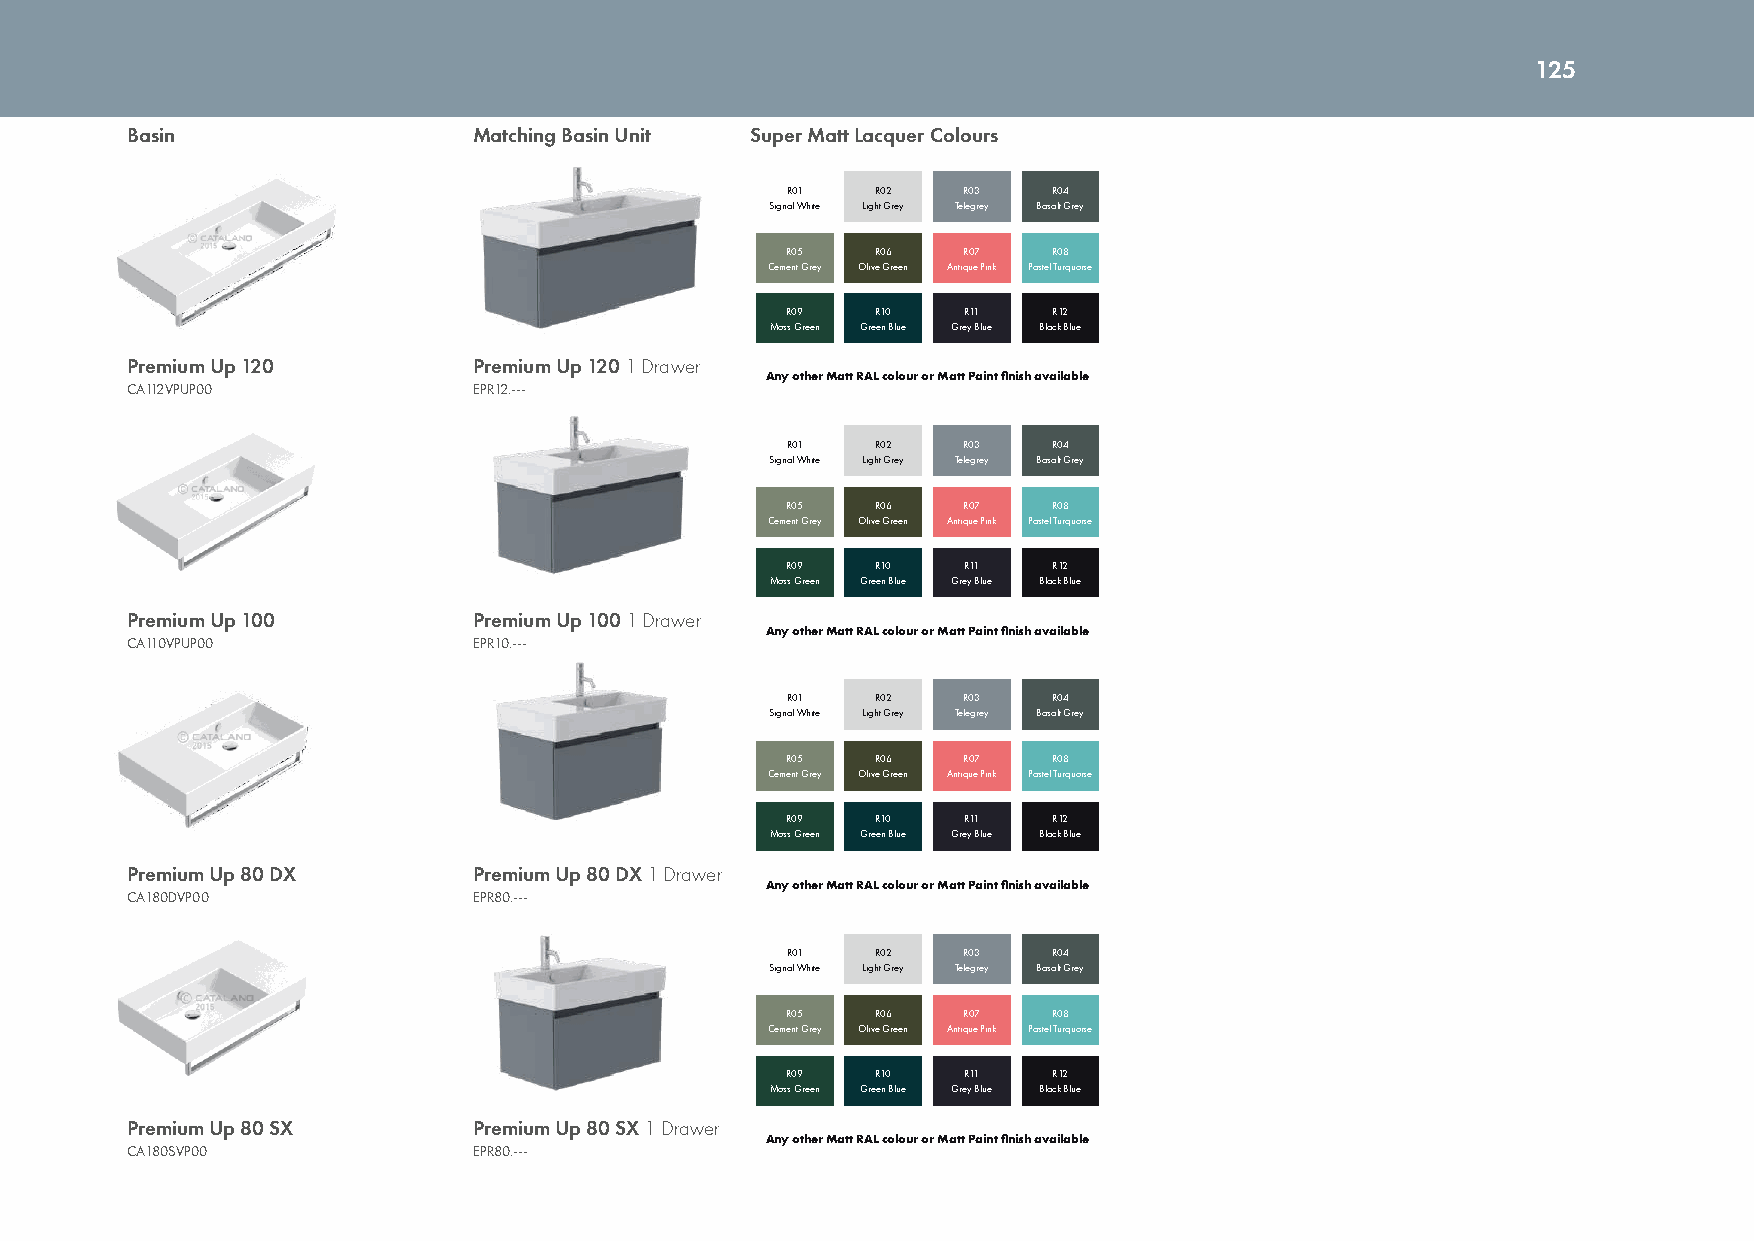
125
 Basin                  Matching Basin Unit Super Matt Lacquer Colours
 R01   R02   R03   R04
 Signal White Light Grey Telegrey Basalt Grey
 R05   R06   R07   R08
 Cement Grey Olive Green Antique Pink Pastel Turquoise
 R09   R10   R11   R12
 Moss Green Green Blue Grey Blue Black Blue
 Premium Up 120         Premium Up 120 1 Drawer
 Any other Matt RAL colour or Matt Paint finish available
 CA112VPUP00            EPR12.---
 R01   R02   R03   R04
 Signal White Light Grey Telegrey Basalt Grey
 R05   R06   R07   R08
 Cement Grey Olive Green Antique Pink Pastel Turquoise
 R09   R10   R11   R12
 Moss Green Green Blue Grey Blue Black Blue
 Premium Up 100         Premium Up 100 1 Drawer
 Any other Matt RAL colour or Matt Paint finish available
 CA110VPUP00            EPR10.---
 R01   R02   R03   R04
 Signal White Light Grey Telegrey Basalt Grey
 R05   R06   R07   R08
 Cement Grey Olive Green Antique Pink Pastel Turquoise
 R09   R10   R11   R12
 Moss Green Green Blue Grey Blue Black Blue
 Premium Up 80 DX       Premium Up 80 DX 1 Drawer
 Any other Matt RAL colour or Matt Paint finish available
 CA180DVP00             EPR80.---
 R01   R02   R03   R04
 Signal White Light Grey Telegrey Basalt Grey
 R05   R06   R07   R08
 Cement Grey Olive Green Antique Pink Pastel Turquoise
 R09   R10   R11   R12
 Moss Green Green Blue Grey Blue Black Blue
 Premium Up 80 SX       Premium Up 80 SX 1 Drawer
 Any other Matt RAL colour or Matt Paint finish available
 CA180SVP00             EPR80.---